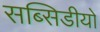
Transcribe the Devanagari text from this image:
सब्सिडीयों